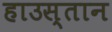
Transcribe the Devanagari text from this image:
हाउस्तान